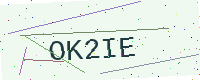
Text: OK2IE